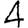
Digit: 4